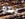
يبدو